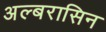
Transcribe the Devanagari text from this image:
अल्बरासिन